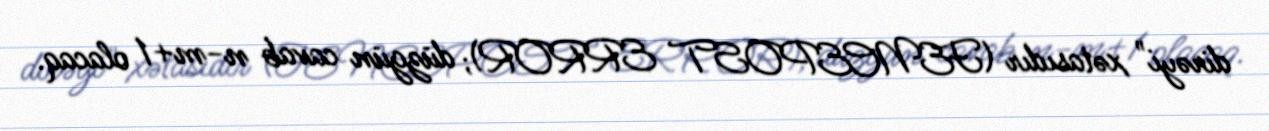
dirəyi" xətasıdır (FENCEPOST ERROR); düzgün cavab n−m+1 olacaq.